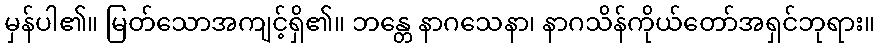
မှန်ပါ၏။ မြတ်သောအကျင့်ရှိ၏။ ဘန္တေ နာဂသေနာ၊ နာဂသိန်ကိုယ်တော်အရှင်ဘုရား။